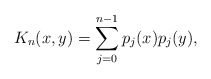
\begin{align*}K_n(x,y)=\sum_{j=0}^{n-1}p_j(x)p_j(y),\end{align*}